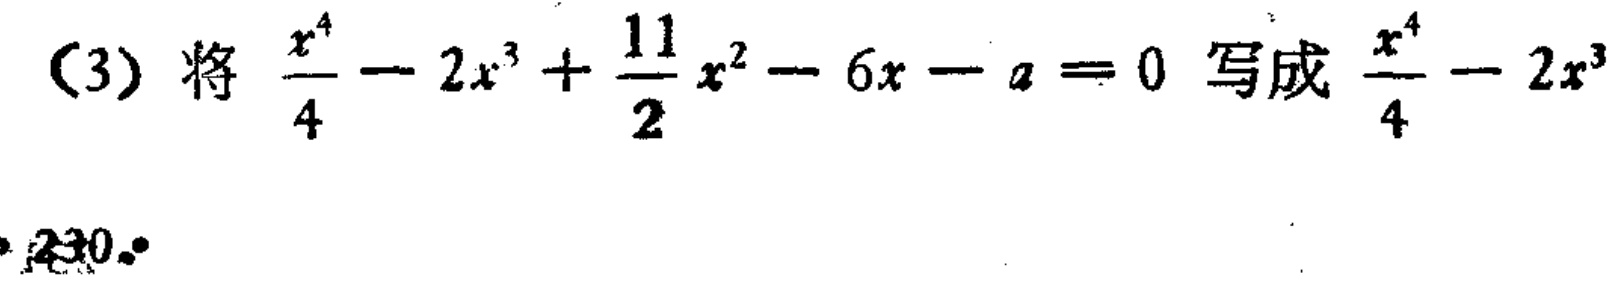
将 $\frac{x^{4}}{4}-2x^{3}+\frac{11}{2}x^{2}-6x - a = 0$ 写成 $\frac{x^{4}}{4}-2x^{3}$  ，部分显示不全。